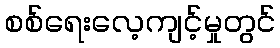
စစ်ရေးလေ့ကျင့်မှုတွင်